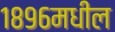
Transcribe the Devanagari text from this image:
१८९६मधील